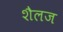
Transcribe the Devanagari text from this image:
शैलज